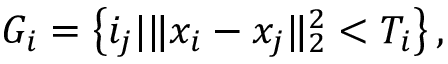
G _ { i } = \left\lbrace i _ { j } | \| x _ { i } - x _ { j } \| _ { 2 } ^ { 2 } < T _ { i } \right\rbrace ,